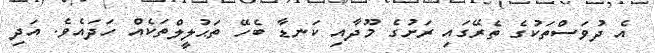
އެ ދުވަސްތަކުގެ ތެރޭގައި ރަށުގެ މޫދާއި ކަނޑާ ބެހޭ ތަޙުލީލްތަކެއް ހަދައެވެ. އަދި